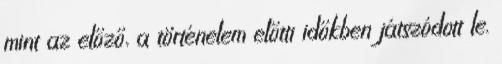
mint az előző, a történelem előtti időkben játszódott le.